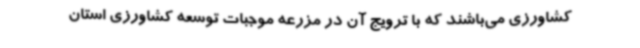
کشاورزی می‌باشند که با ترویج آن در مزرعه موجبات توسعه کشاورزی استان